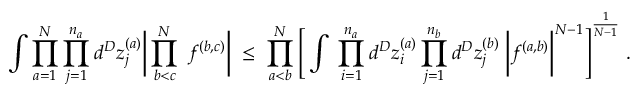
\int \prod _ { a = 1 } ^ { N } \prod _ { j = 1 } ^ { n _ { a } } d ^ { D } z _ { j } ^ { ( a ) } \bigg | \prod _ { b < c } ^ { N } \; f ^ { ( b , c ) } \bigg | \; \leq \; \prod _ { a < b } ^ { N } \Bigg [ \int \; \prod _ { i = 1 } ^ { n _ { a } } d ^ { D } z _ { i } ^ { ( a ) } \prod _ { j = 1 } ^ { n _ { b } } d ^ { D } z _ { j } ^ { ( b ) } \; \bigg | f ^ { ( a , b ) } \bigg | ^ { N - 1 } \Bigg ] ^ { \frac { 1 } { N - 1 } } \; .